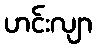
ဟင်းလျာ